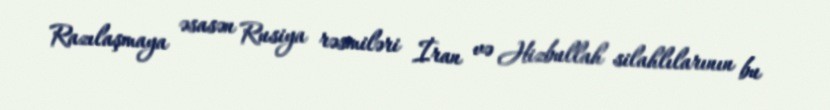
Razılaşmaya əsasən Rusiya rəsmiləri İran və Hizbullah silahlılarının bu